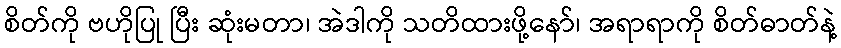
စိတ်ကို ဗဟိုပြု ပြီး ဆုံးမတာ၊ အဲဒါကို သတိထားဖို့နော်၊ အရာရာကို စိတ်ဓာတ်နဲ့